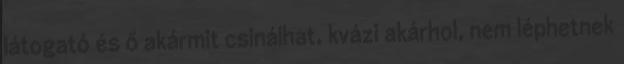
látogató és ő akármit csinálhat, kvázi akárhol, nem léphetnek